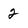
Character: 2